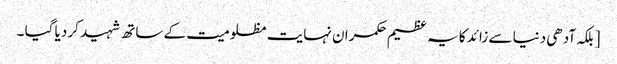
[ بلکہ آدھی دنیا سے زائد کا یہ عظیم حکمران نہایت مظلومیت کے ساتھ شہید کر دیا گیا ۔